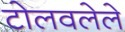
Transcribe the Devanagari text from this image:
टोलवलेले